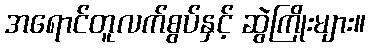
အရောင်တူလက်စွပ်နှင့် ဆွဲကြိုးများ။